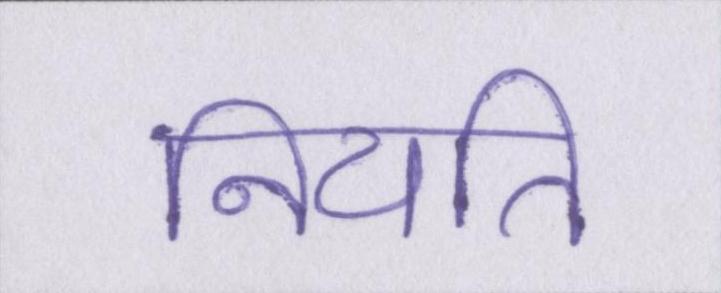
नियति